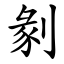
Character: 剶